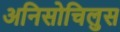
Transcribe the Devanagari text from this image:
अनिसोचिलुस